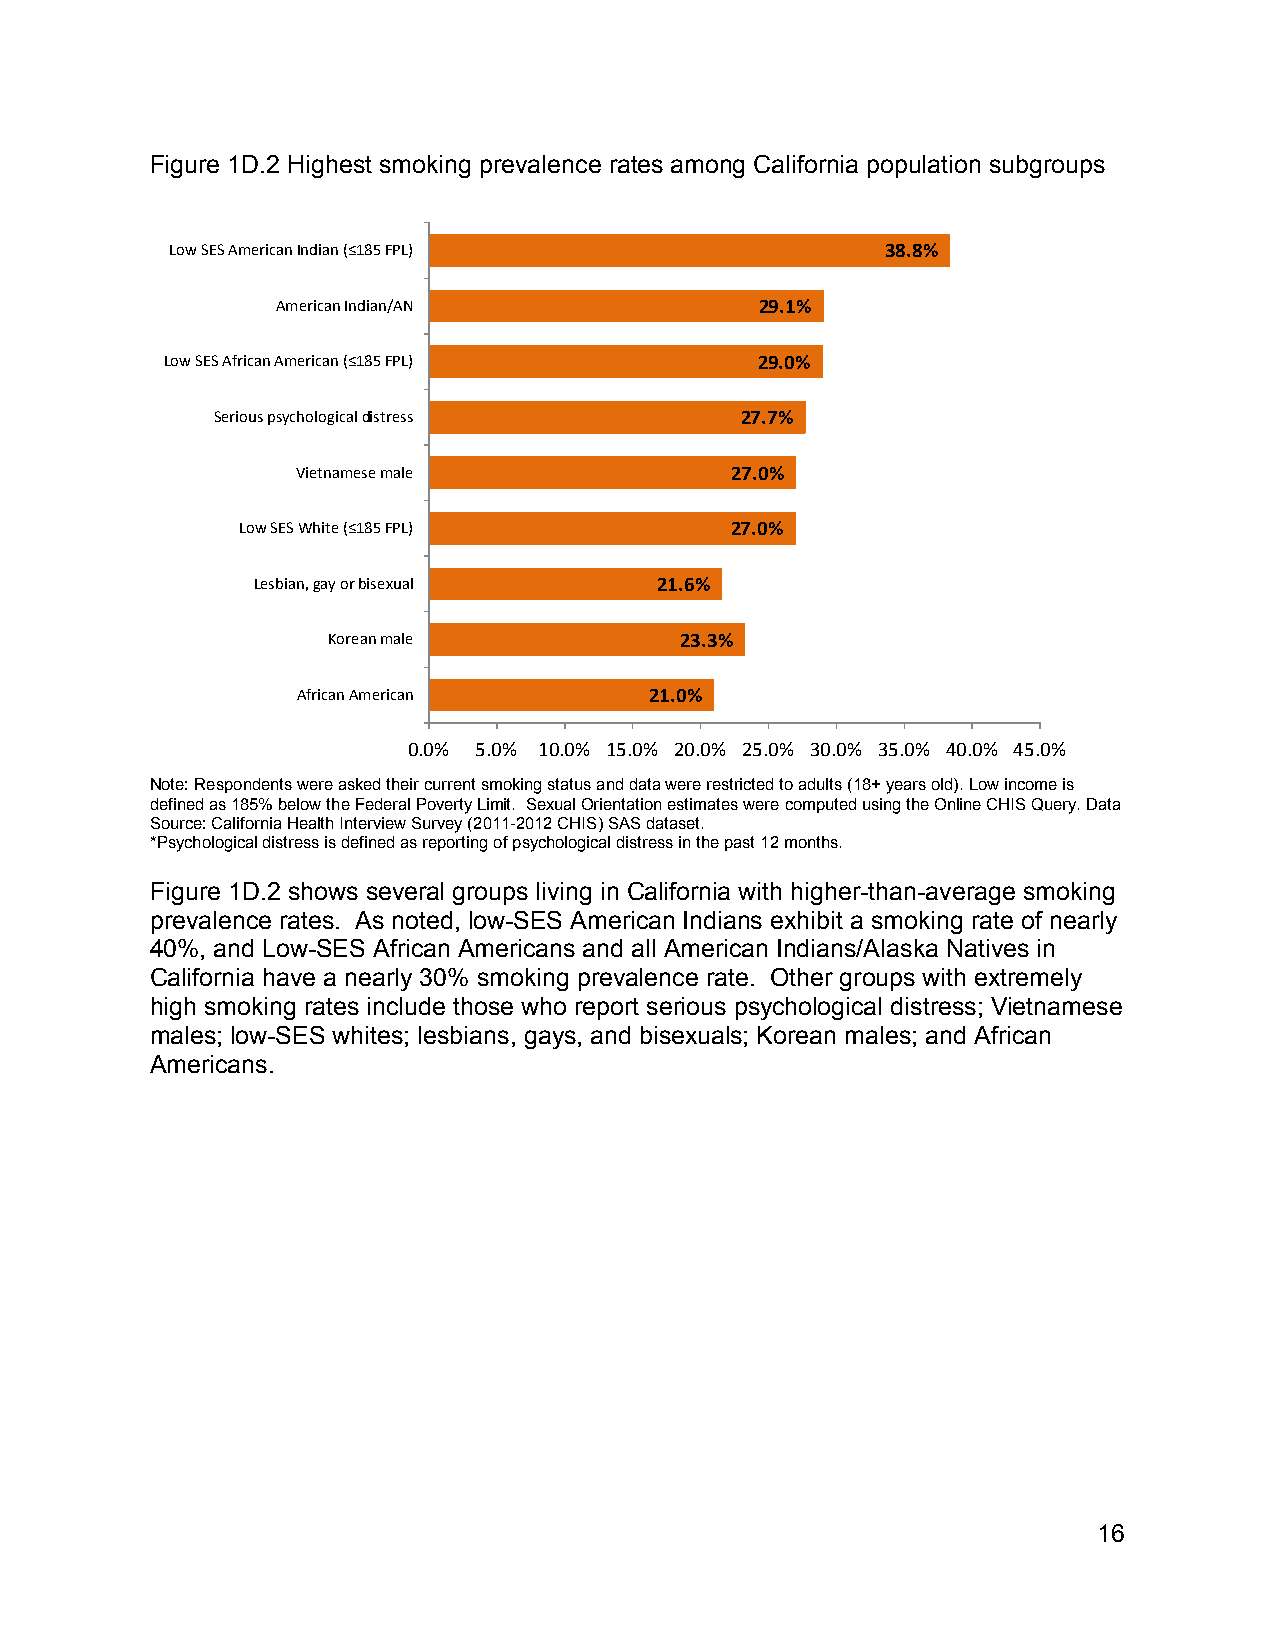
Figure 1D.2 Highest smoking prevalence rates among California population subgroups
 Low SES American Indian (≤185 FPL)              38.8%
 American Indian/AN              29.1%
 Low SES African American (≤185 FPL)    29.0%
 Serious psychological distress     27.7%
 Vietnamese male             27.0%
 Low SES White (≤185 FPL)        27.0%
 Lesbian, gay or bisexual   21.6%
 Korean male            23.3%
 African American       21.0%
 0.0% 5.0% 10.0% 15.0% 20.0% 25.0% 30.0% 35.0% 40.0% 45.0%
 Note: Respondents were asked their current smoking status and data were restricted to adults (18+ years old). Low income is
 defined as 185% below the Federal Poverty Limit. Sexual Orientation estimates were computed using the Online CHIS Query. Data
 Source: California Health Interview Survey (2011-2012 CHIS) SAS dataset.
 *Psychological distress is defined as reporting of psychological distress in the past 12 months.
 Figure 1D.2 shows several groups living in California with higher-than-average smoking
 prevalence rates. As noted, low-SES American Indians exhibit a smoking rate of nearly
 40%, and Low-SES African Americans and all American Indians/Alaska Natives in
 California have a nearly 30% smoking prevalence rate. Other groups with extremely
 high smoking rates include those who report serious psychological distress; Vietnamese
 males; low-SES whites; lesbians, gays, and bisexuals; Korean males; and African
 Americans.
 16